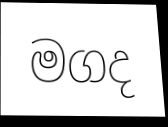
මගද